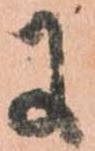
に